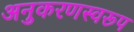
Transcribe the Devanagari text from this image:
अनुकरणस्वरूप